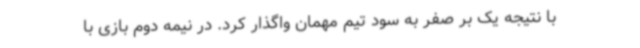
با نتیجه یک بر صفر به سود تیم مهمان واگذار کرد. در نیمه دوم بازی با